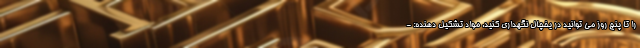
را تا پنج روز می توانید در یخچال نگهداری کنید. مواد تشکیل دهنده: -